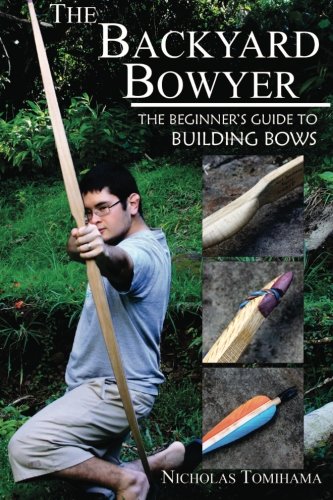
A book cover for The Backyard Bowyer: The Beginner's Guide to Building Bows; Nicholas Tomihama; Sports & Outdoors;